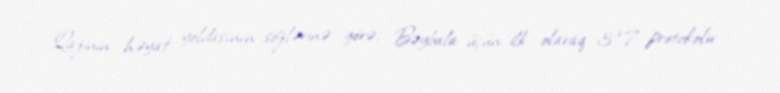
Qazinin həyat yoldaşının sözlərinə görə, Bəybala üçün ilk olaraq 3+7 protokolu